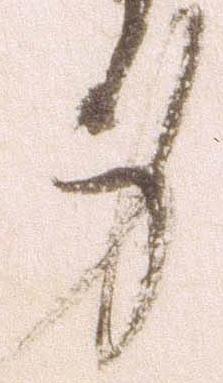
身